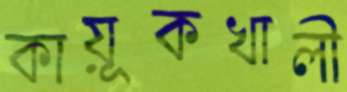
কায়ূকখালী